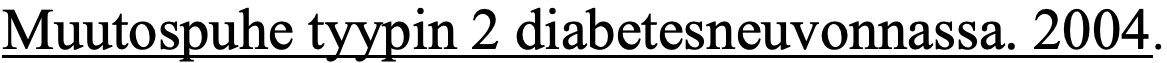
Muutospuhe tyypin 2 diabetesneuvonnassa. 2004.